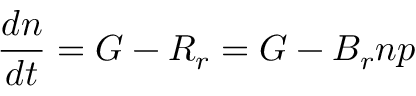
{ \frac { d n } { d t } } = G - R _ { r } = G - B _ { r } n p